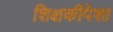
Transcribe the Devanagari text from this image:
शिक्षकीपेशा